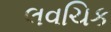
લવચિક